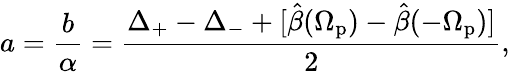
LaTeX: a=\frac{b}{\alpha}=\frac{\Delta_{+}-\Delta_{-}+[\hat{\beta}(\Omega_{\mathrm{p}})-\hat{\beta}(-\Omega_{\mathrm{p}})]}{2},